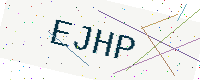
Text: EJHP